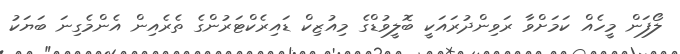
ލޯފަން މީހެއް ކަމަށްވާ ރަވިންދުރައަކީ ބޮލީވުޑްގެ މިއުޒިކް ޑައިރެކްޓަރުންގެ ތެރެއިން އެންމެގިނަ ބަޔަކު